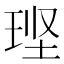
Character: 𮴚